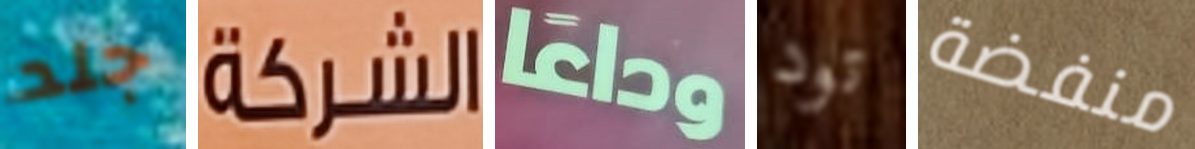
جلد الشركة وداعا تود منفضة